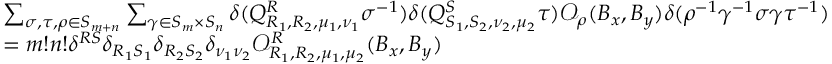
\begin{array} { r l } { } & { \sum _ { \sigma , \tau , \rho \in S _ { m + n } } \sum _ { \gamma \in S _ { m } \times S _ { n } } \delta ( Q _ { R _ { 1 } , R _ { 2 } , \mu _ { 1 } , \nu _ { 1 } } ^ { R } \sigma ^ { - 1 } ) \delta ( Q _ { S _ { 1 } , S _ { 2 } , \nu _ { 2 } , \mu _ { 2 } } ^ { S } \tau ) \mathcal { O } _ { \rho } ( B _ { x } , B _ { y } ) \delta ( \rho ^ { - 1 } \gamma ^ { - 1 } \sigma \gamma \tau ^ { - 1 } ) } \\ { } & { = m ! n ! \delta ^ { R S } \delta _ { R _ { 1 } S _ { 1 } } \delta _ { R _ { 2 } S _ { 2 } } \delta _ { \nu _ { 1 } \nu _ { 2 } } \mathcal { O } _ { R _ { 1 } , R _ { 2 } , \mu _ { 1 } , \mu _ { 2 } } ^ { R } ( B _ { x } , B _ { y } ) } \end{array}